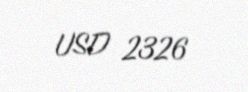
USD 2326